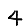
Digit: 4